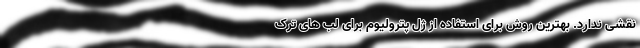
نقشی ندارد. بهترین روش برای استفاده از ژل پترولیوم برای لب های ترک